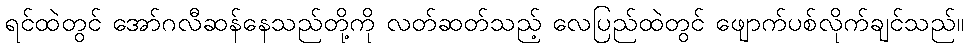
ရင်ထဲတွင် အော်ဂလီဆန်နေသည်တို့ကို လတ်ဆတ်သည့် လေပြည်ထဲတွင် ဖျောက်ပစ်လိုက်ချင်သည်။